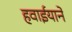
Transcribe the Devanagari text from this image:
हवाईयाने